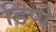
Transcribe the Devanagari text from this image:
डिप्‍पे